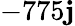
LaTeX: -775\mathbf{j}